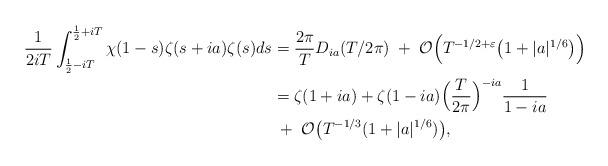
LaTeX: \begin{align*}\frac{1}{2iT}\int_{\frac{1}{2}-iT}^{\frac{1}{2}+iT}\chi(1-s)\zeta(s+ia)\zeta(s)ds&=\frac{2\pi}{T}D_{ia}(T/2\pi) \;+\; \mathcal{O}\Big(T^{-1/2+\varepsilon}\big( 1+ |a|^{1/6}\big)\Big)\\&= \zeta(1+ia)+\zeta(1-ia)\Big(\frac{T}{2\pi}\Big)^{-ia}\frac{1}{1-ia}\\& \;+\; \mathcal{O}\big(T^{-1/3}(1+|a|^{1/6})\big),\end{align*}